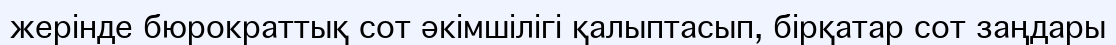
жерінде бюрократтық сот әкімшілігі қалыптасып, бірқатар сот заңдары